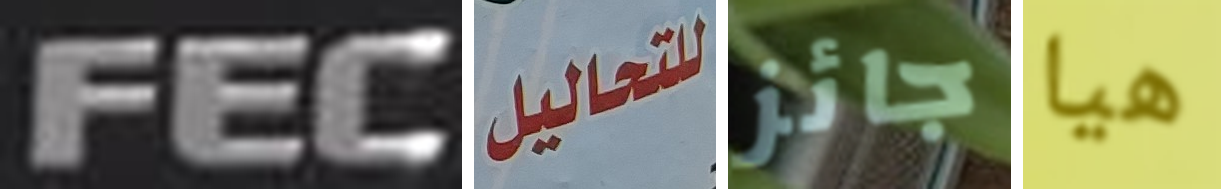
FEC للتحاليل جائز هيا